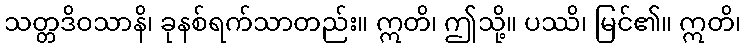
သတ္တဒိဝသာနိ၊ ခုနစ်ရက်သာတည်း။ ဣတိ၊ ဤသို့။ ပဿိ၊ မြင်၏။ ဣတိ၊